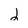
Character: 2